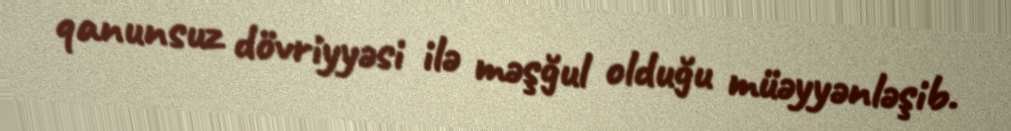
qanunsuz dövriyyəsi ilə məşğul olduğu müəyyənləşib.